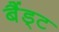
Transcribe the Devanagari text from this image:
बैंड्ट